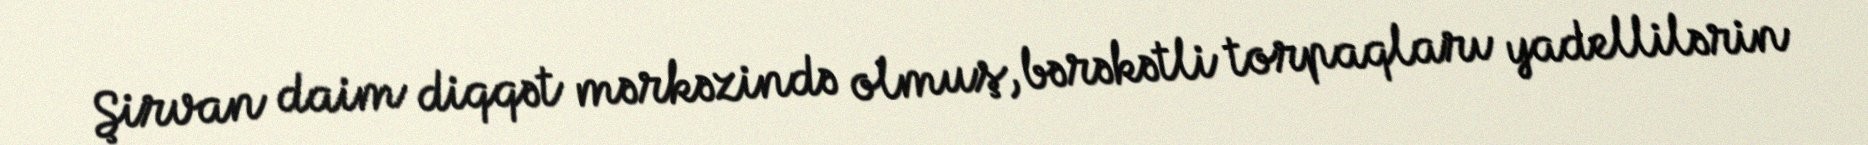
Şirvan daim diqqət mərkəzində olmuş, bərəkətli torpaqları yadellilərin